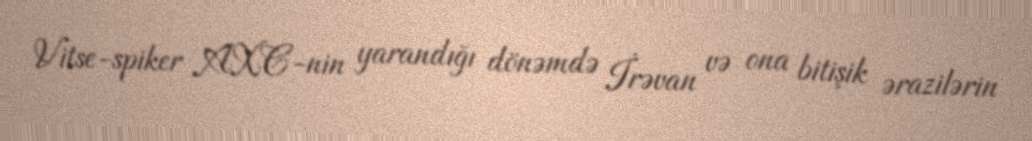
Vitse-spiker AXC-nin yarandığı dönəmdə İrəvan və ona bitişik ərazilərin